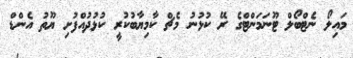
މައިލޯ ނެޓްބޯލް ޓޫނަމަންޓްގެ ރޭ ކުޅުނު މެޗް ކާމިޔާބުކުރީ ކުޅުދުއްފުށި ޔޫތު އެންޑް